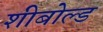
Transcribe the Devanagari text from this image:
शीबोल्ड